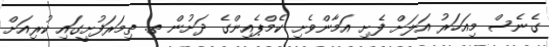
ގެނެސް މިއަހަރު އަލަށް ފެށި އަމާންވެށި ކެމްޕެއިންގެ ދަށުން ތ. ތިމަރަފުށީގައި ކުރިއަށް